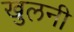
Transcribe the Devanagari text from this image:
खुलनी